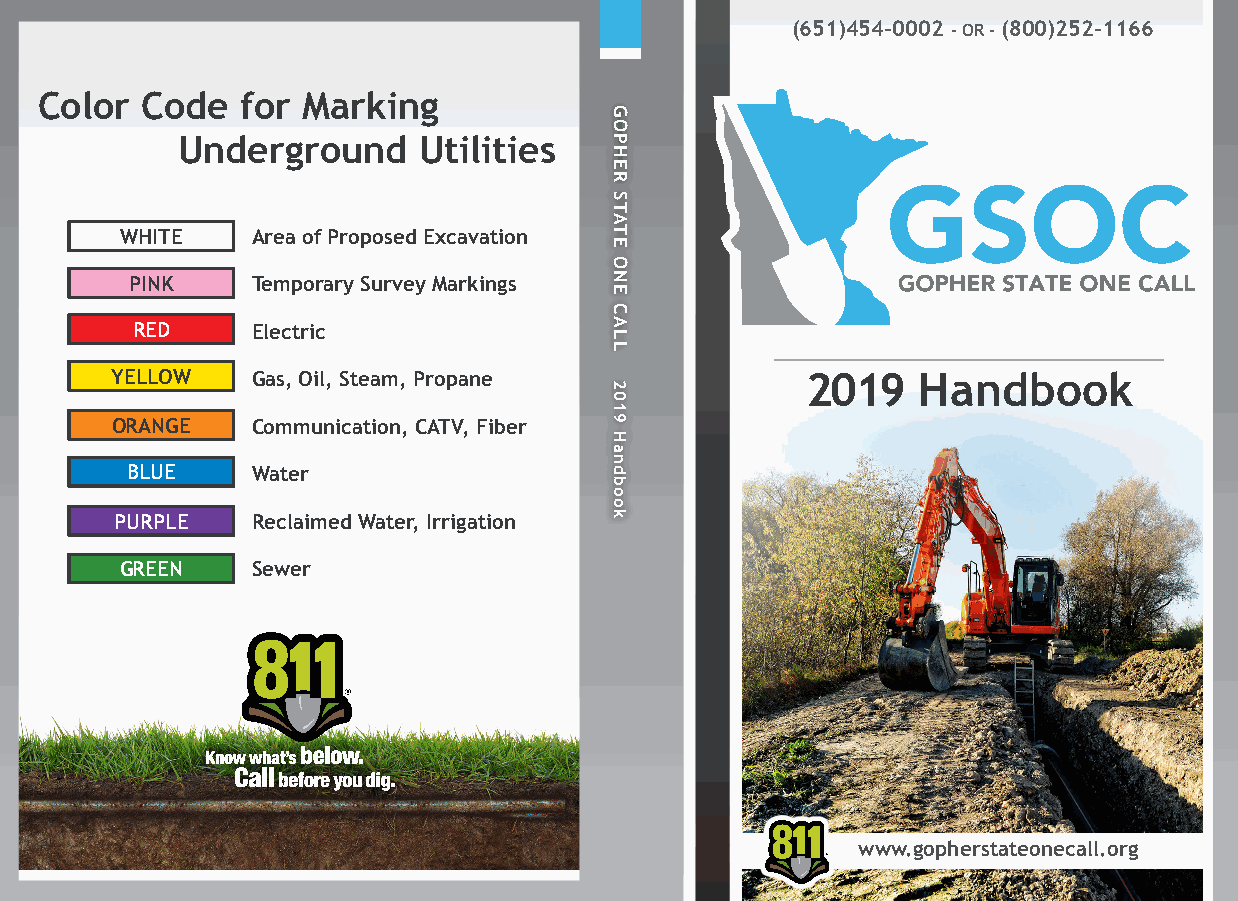
(651)454-0002 - OR - (800)252-1166
 Color  Code   for Marking
 Underground     Utilities
 WHITE    Area of Proposed Excavation
 PINK    Temporary Survey Markings
 RED     Electric
 YELLOW    Gas, Oil, Steam, Propane            2019    Handbook
 ORANGE    Communication, CATV, Fiber
 BLUE     Water
 PURPLE   Reclaimed Water, Irrigation
 GREEN    Sewer
 www.gopherstateonecall.org
 www.gopherstateonecall.org
 GOPHER
 STATE
 ONE
 CALL
 2019
 Handbook